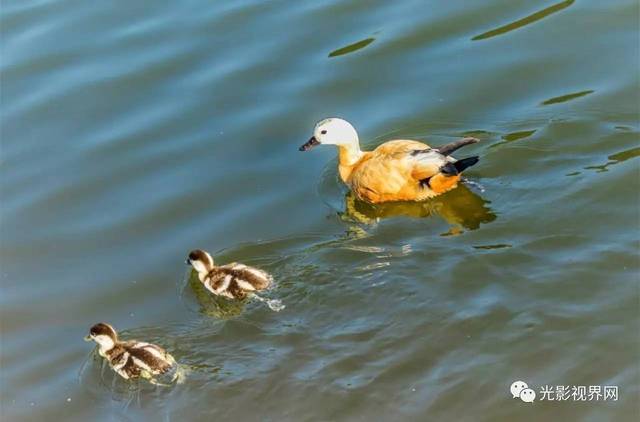
洞庭一夜无穷雁，不待天明尽北飞。